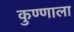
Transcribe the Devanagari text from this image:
कुण्णाला